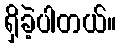
ရှိခဲ့ပါတယ်။